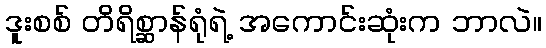
ဒူးစစ် တိရိစ္ဆာန်ရုံရဲ့ အကောင်းဆုံးက ဘာလဲ။